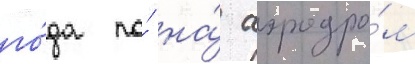
го́да по́ на́ аэродро́м